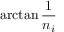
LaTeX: \arctan { \frac { 1 } { n _ { i } } }